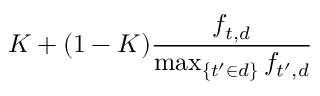
K + ( 1 - K ) { \frac { f _ { t , d } } { \operatorname* { m a x } _ { \{ t ^ { \prime } \in d \} } { f _ { t ^ { \prime } , d } } } }